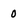
Character: 0